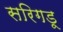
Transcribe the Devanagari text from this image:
सरिगडू